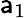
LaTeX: \mathsf{a}_{1}